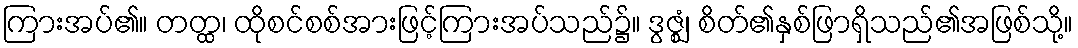
ကြားအပ်၏။ တတ္ထ၊ ထိုစင်စစ်အားဖြင့်ကြားအပ်သည်၌။ ဒွဇ္ဈံ၊ စိတ်၏နှစ်ဖြာရှိသည်၏အဖြစ်သို့။